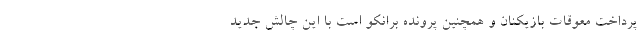
پرداخت معوقات بازیکنان و همچنین پرونده برانکو است با این چالش جدید